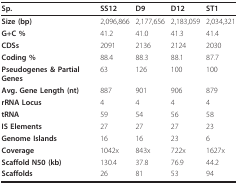
| Sp. | SS12 | D9 | D12 | ST1 |
 | --- | --- | --- | --- | --- |
 | Size (bp) | 2,096,866 | 2,177,656 | 2,183,059 | 2,034,321 |
 | G+C % | 41.2 | 41.0 | 41.3 | 41.4 |
 | CDSs | 2091 | 2136 | 2124 | 2030 |
 | Coding % | 88.4 | 88.3 | 88.1 | 87.7 |
 | Pseudogenes & Partial Genes | 63 | 126 | 100 | 100 |
 | Avg. Gene Length (nt) | 887 | 901 | 906 | 879 |
 | rRNA Locus | 4 | 4 | 4 | 4 |
 | tRNA | 59 | 54 | 56 | 58 |
 | IS Elements | 27 | 27 | 27 | 23 |
 | Genome Islands | 16 | 16 | 23 | 6 |
 | Coverage | 1042x | 843x | 722x | 1627x |
 | Scaffold N50 (kb) | 130.4 | 37.8 | 76.9 | 44.2 |
 | Scaffolds | 26 | 81 | 53 | 94 |